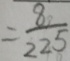
= \frac { 8 } { 2 2 5 }